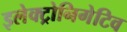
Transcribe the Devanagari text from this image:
इलेक्ट्रोनिगेटिव